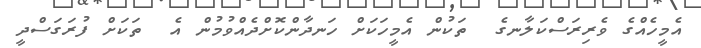
އެމީހެއްގެ ވެރިރަސްކަލާނގެ  ތަކުން އެމީހަކަށް ހަނދާންކޮށްދެއްވުމުން އެ  ތަކަށް ފުރަގަސްދީ